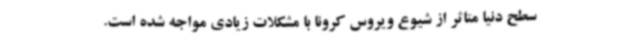
سطح دنیا متاثر از شیوع ویروس کرونا با مشکلات زیادی مواجه شده است.